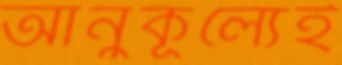
আনুকূল্যেই